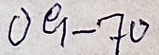
09 - 70